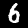
Digit: 6